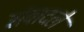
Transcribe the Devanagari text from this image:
संवादले